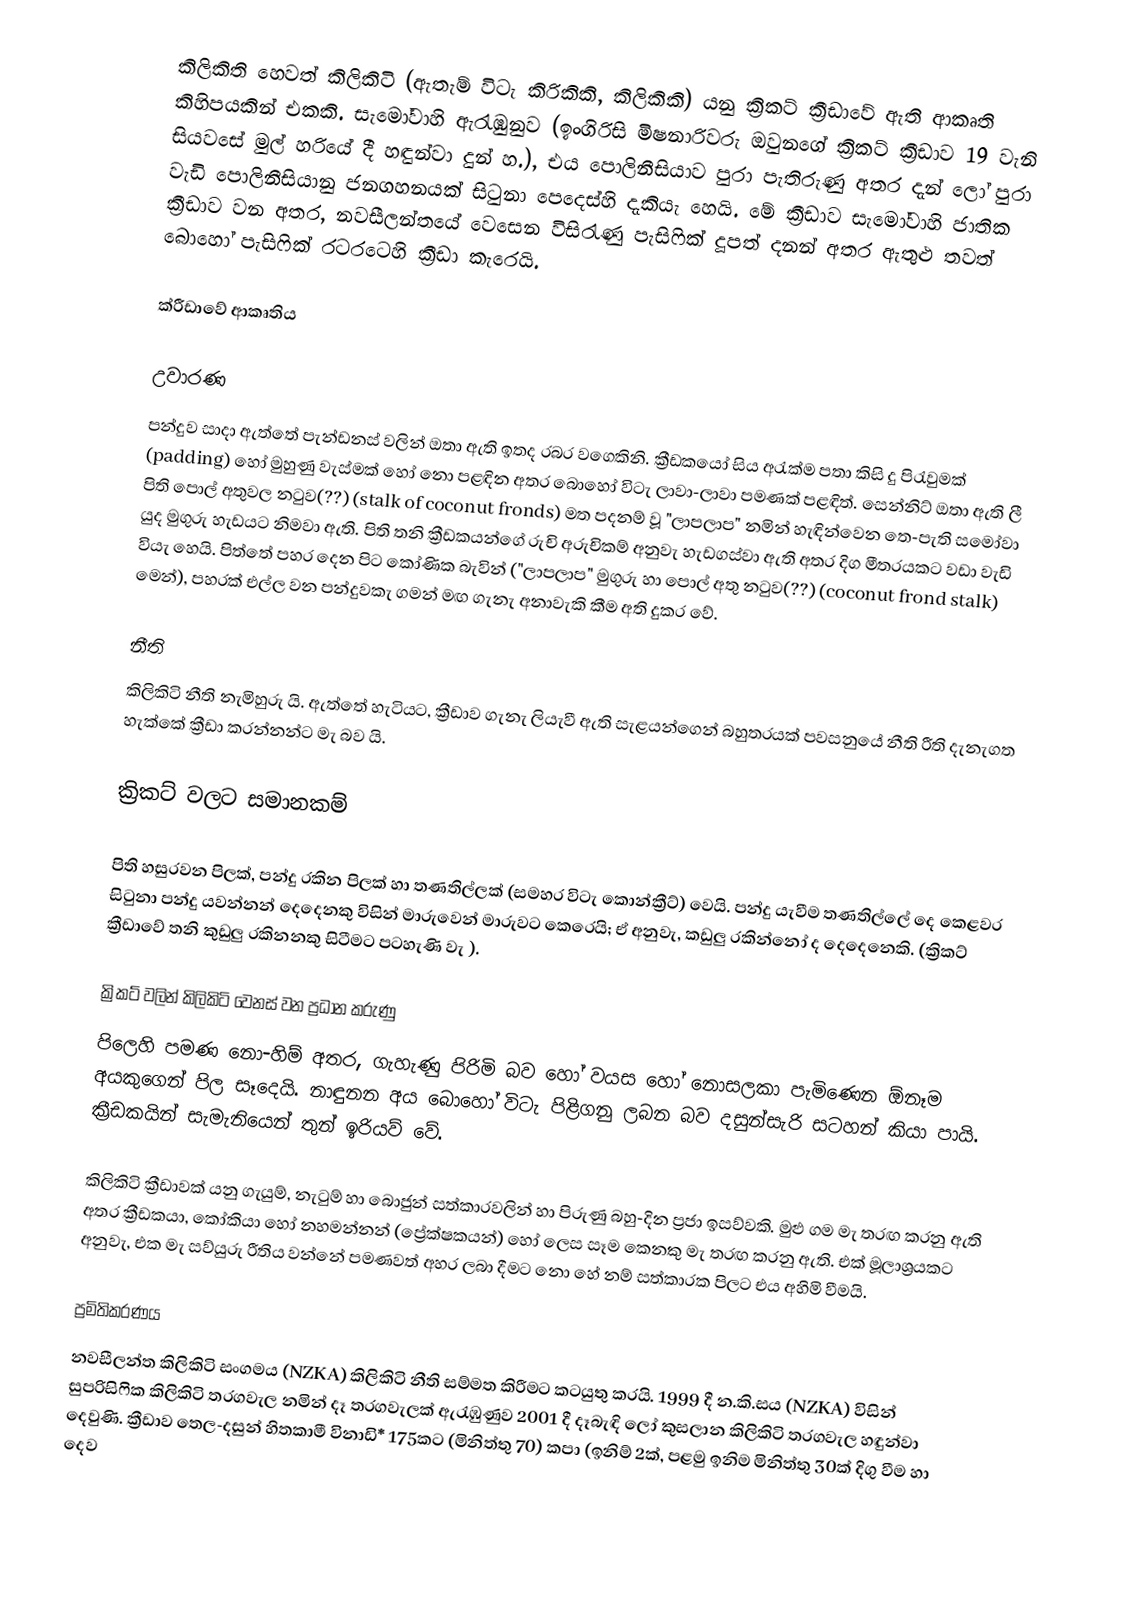
කිලිකිති හෙවත් කිලිකිටි (ඇතැම් විටැ කිරිකිකි, කිලිකිකි) යනු ක්‍රිකට් ක්‍රීඩාවේ ඇති ආකෘති කිහිපයකින් එකකි. සැමෝවාහි ඇරැඹුනුව (ඉංගිරිසි මිෂනාරිවරු ඔවුනගේ ක්‍රිකට් ක්‍රීඩාව 19 වැනි සියවසේ මුල් හරියේ දී හඳුන්වා දුන් හ.), එය පොලිනීසියාව පුරා පැතිරුණු අතර දැන් ලෝ පුරා වැඩි පොලිනීසියානු ජනගහනයක් සිටුනා පෙදෙස්හි දැකියැ හෙයි. මේ ක්‍රීඩාව සැමෝවාහි ජාතික ක්‍රීඩාව වන අතර,  නවසීලන්තයේ වෙසෙන විසිරැණු පැසිෆික් දූපත් දනන් අතර ඇතුළු තවත් බොහෝ පැසිෆික් රටරටෙහි   ක්‍රීඩා කැරෙයි.

ක්රීඩාවේ ආකෘතිය

උවාරණ
පන්දුව සාදා ඇත්තේ පැන්ඩනස් වලින් ඔතා ඇති ඉතද රබර වගෙකිනි. ක්‍රීඩකයෝ සිය අරැක්ම පතා කිසි දු පිරැවුමක් (padding) හෝ මුහුණු වැස්මක් හෝ නො පළඳින අතර බොහෝ විටැ ලාවා-ලාවා පමණක් පළඳිත්. සෙන්නිට් ඔතා ඇති ලී පිති පොල් අතුවල නටුව(??) (stalk of coconut fronds) මත පදනම් වූ "ලාපලාප" නමින් හැඳින්වෙන තෙ-පැති සමෝවා යුද මුගුරු හැඩයට නිමවා ඇති. පිති තනි ක්‍රීඩකයන්ගේ රුචි අරුචිකම් අනුවැ හැඩගස්වා ඇති අතර දිග මීතරයකට වඩා වැඩි වියැ හෙයි. පිත්තේ පහර දෙන පිට කෝණික බැවින් ("ලාපලාප" මුගුරු හා පොල් අතු නටුව(??) (coconut frond stalk) මෙන්), පහරක් එල්ල වන පන්දුවකැ ගමන් මඟ ගැනැ අනාවැකි කීම අති දුකර වේ.

නීති
කිලිකිටි නීති නැමිහුරු යි. ඇත්තේ හැටියට, ක්‍රීඩාව ගැනැ ලියැවී ඇති සැළයන්ගෙන් බහුතරයක් පවසනුයේ නීති රීති දැනැගත හැක්කේ ක්‍රීඩා කරන්නන්ට මැ බව යි.

ක්‍රිකට් වලට සමානකම්

පිති හසුරවන පිලක්, පන්දු රකින පිලක් හා තණතිල්ලක් (සමහර විටැ කොන්ක්‍රීට්) වෙයි. පන්දු යැවීම තණතිල්ලේ දෙ කෙළවර සිටුනා පන්දු යවන්නන් දෙදෙනකු විසින් මාරුවෙන් මාරුවට කෙරෙයි; ඒ අනුවැ, කඩුලු රකින්නෝ ද දෙදෙනෙකි. (ක්‍රිකට් ක්‍රීඩාවේ තනි කුඩුලු රකිනනකු සිටීමට පටහැණි වැ ).

ක්‍රිකට් වලින් කිලිකිටි වෙනස් වන ප්‍රධාන කරුණු
පිලෙහි පමණ නො-හිම් අතර, ගැහැණු පිරිමි බව හෝ වයස හෝ නොසලකා පැමිණෙන ඕනෑම අයකුගෙන් පිල සෑදෙයි.  නාඳුනන අය බොහෝ විටැ පිළිගනු ලබන බව දසුන්සැරි සටහන් කියා පායි. ක්‍රීඩකයින් සැමැනියෙන් තුන් ඉරියව් වේ.

කිලිකිටි ක්‍රීඩාවක් යනු ගැයුම්, නැටුම් හා බොජුන් සත්කාරවලින් හා පිරුණු බහු-දින ප්‍රජා ඉසව්වකි. මුළු ගම මැ තරඟ කරනු ඇති අතර ක්‍රීඩකයා, කෝකියා හෝ නහමන්නන් (ප්‍රේක්ෂකයන්) හෝ ලෙස සෑම කෙනකු මැ තරඟ කරනු ඇති. එක් මූලාශ්‍රයකට අනුවැ, එක මැ සව්යුරු රීතිය වන්නේ පමණවත් අහර ලබා දීමට නො හේ නම් සත්කාරක පිලට එය අහිමි වීමයි.

ප්‍රමිතිකරණය
නවසීලන්ත කිලිකිටි සංගමය (NZKA) කිලිකිටි නීති සම්මත කිරීමට කටයුතු කරයි. 1999 දී න.කි.සය (NZKA) විසින් සුපරිසිෆික කිලිකිටි තරගවැල නමින් දෑ තරගවැලක් ඇරැඹුණුව 2001 දී දෑබැඳි ලෝ කුසලාන කිලිකිටි තරගවැල හඳුන්වා දෙවුණි. ක්‍රීඩාව තෙල-දසුන් හිතකාමී විනාඩි* 175කට (මිනිත්තු 70) කපා (ඉනිම් 2ක්, පළමු ඉනිම මිනිත්තු 30ක් දිගු වීම හා දෙව